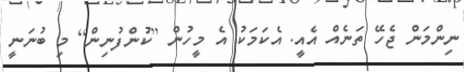
ނިންމަން ޖެހޭ ތަނެއް އެއީ. އެކަމަކު އެ މީހުން [ކުންފުނިން] މިި ބުނަނީ